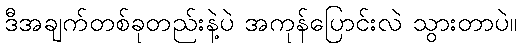
ဒီအချက်တစ်ခုတည်းနဲ့ပဲ အကုန်ပြောင်းလဲ သွားတာပဲ။